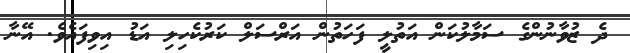
ދެ ޒުވާނުންގެ ސަމާލުކަން އަތުލީ ފަހަތުން އަރްސަލް ކަރުކެހިލި އަޑު އިވިފައެވެ. އޭނާ